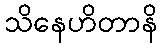
သိနေဟိတာနိ